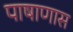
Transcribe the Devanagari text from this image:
पाषाणास